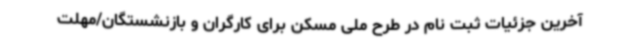
آخرین جزئیات ثبت نام در طرح ملی مسکن برای کارگران و بازنشستگان/مهلت